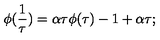
\phi ( \frac { 1 } { \tau } ) = \alpha \tau \phi ( \tau ) - 1 + \alpha \tau ;